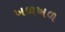
ખળખળ